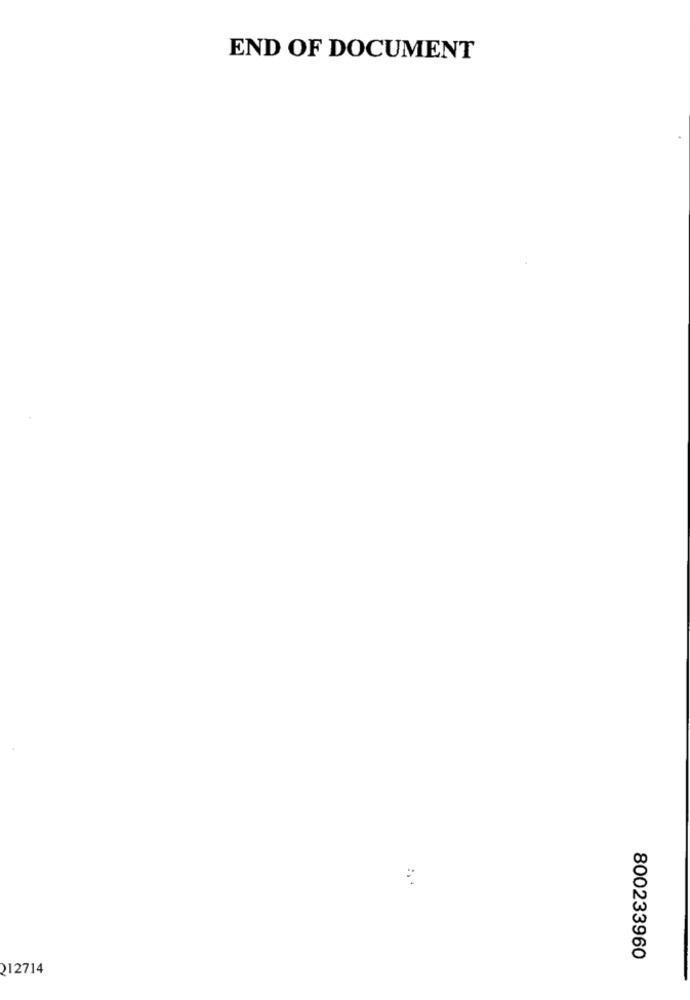
END OF DOCUMENT
800233960
212714